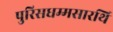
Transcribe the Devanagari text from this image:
पुरिसधम्मसारथि